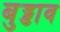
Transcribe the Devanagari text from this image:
बुड्डाव